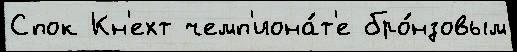
Спок Кн'ехт чемп'иона́т'е бро́нзовым